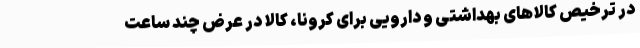
در ترخیص کالاهای بهداشتی و دارویی برای کرونا، کالا در عرض چند ساعت